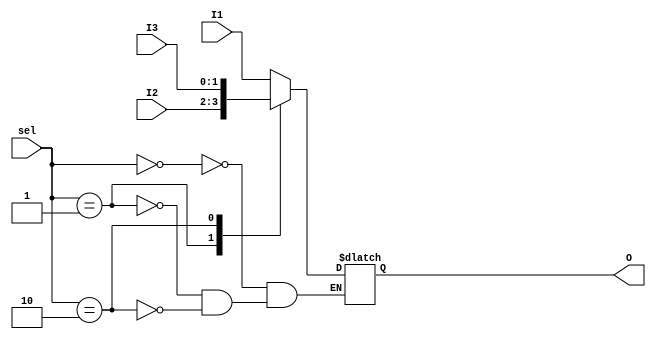
`timescale 1ns / 1ps

module MUX_notFull_parallel(
    input [1:0] sel,
    input [1:0] I1,
    input [1:0] I2,
    input [1:0] I3,
    output reg [1:0] O
    );
	 
	 always @ (sel or I1 or I2 or I3) begin
		case(sel)
			2'b00: O = I1;
			2'b01: O = I2;
			2'b10: O = I3;
		endcase
	 end
	 
endmodule